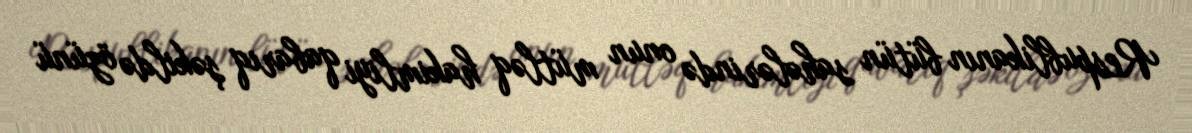
Respublikanın bütün sahələrində onun mütləq hakimliyi qabarıq şəkildə özünü